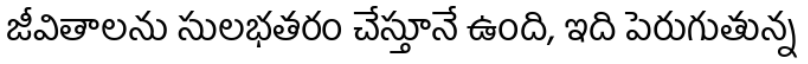
జీవితాలను సులభతరం చేస్తూనే ఉంది, ఇది పెరుగుతున్న